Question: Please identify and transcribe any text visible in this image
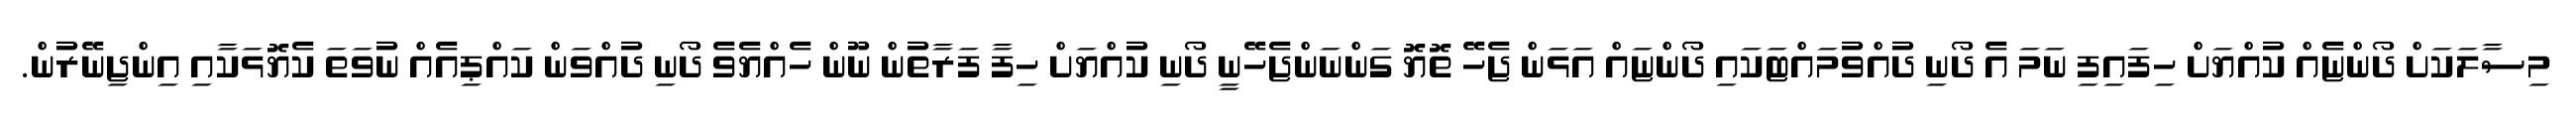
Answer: މިސާލަކަށް ދޯންޏެއް ކުއްޔަށް ހިފައިފި ނަމަ އެ ދޯނި ދުއްވުމައްޓަކައި ދޯންޏައް އަޅަން ޖެހޭ ތޮޔޮ ގަންނަންޖެހޭނީ ދޯނި ކުއްޔަށް ހިފާ ފަރާތުން ނޫން ހެއްޔެވެ ދޯނި ދުއްވަން ކައްޕިއެއް ނުވަތަ ކެޔޮޅަކާއި އިންޖިނޭރުން.